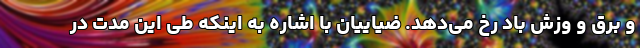
و برق و وزش باد رخ می‌دهد. ضیاییان با اشاره به اینکه طی این مدت در